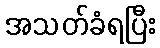
အသတ်ခံရပြီး